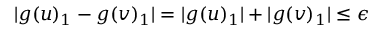
| g ( u ) _ { 1 } - g ( v ) _ { 1 } | = | g ( u ) _ { 1 } | + | g ( v ) _ { 1 } | \leq \epsilon